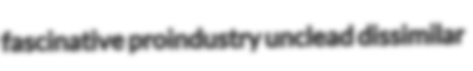
fascinative proindustry unclead dissimilar